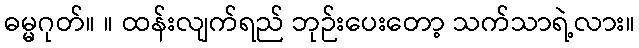
ဓမ္မဂုတ်။ ။ ထန်းလျက်ရည် ဘုဉ်းပေးတော့ သက်သာရဲ့လား။